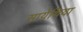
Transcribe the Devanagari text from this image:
सायेथिया